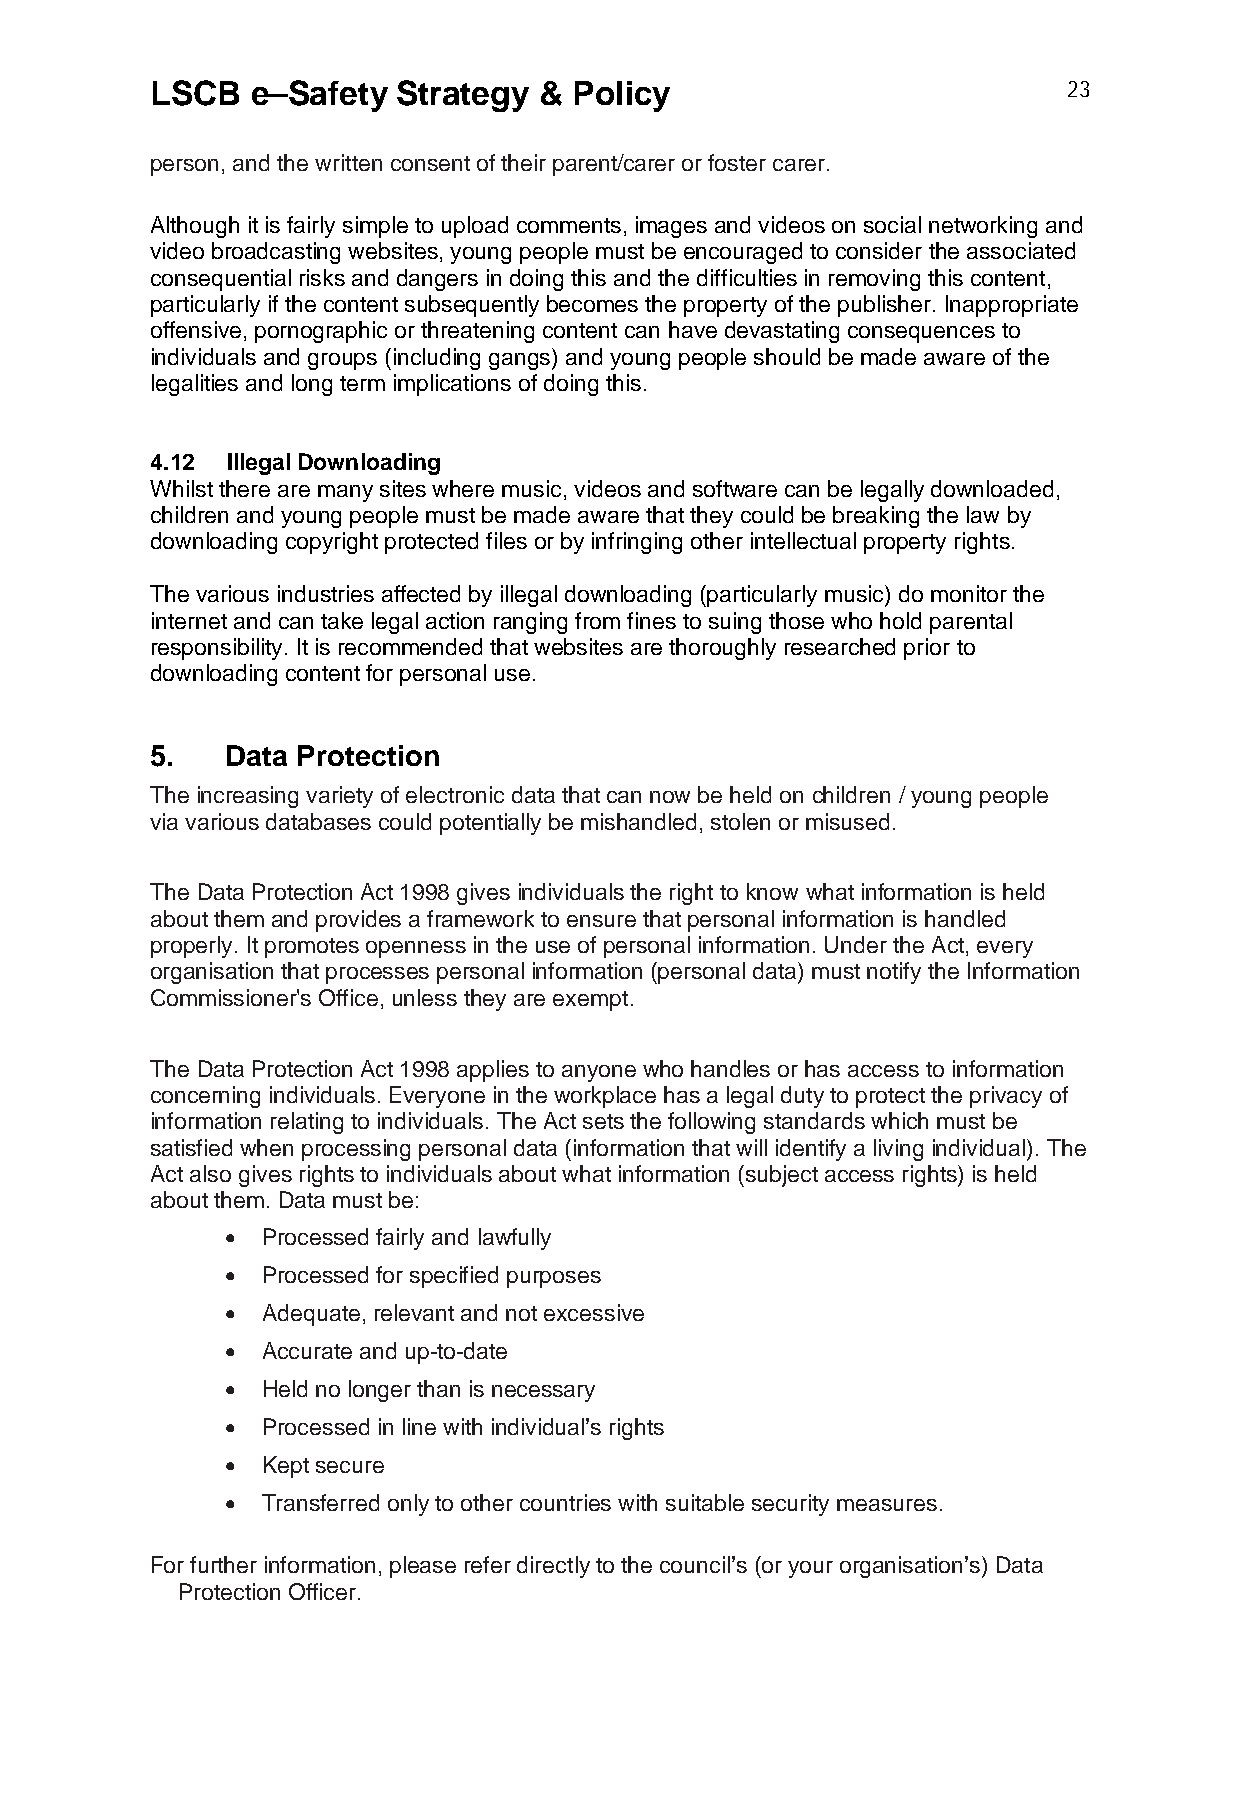
LSCB   e–Safety Strategy  & Policy                           23
 person, and the written consent of their parent/carer or foster carer.
 Although it is fairly simple to upload comments, images and videos on social networking and
 video broadcasting websites, young people must be encouraged to consider the associated
 consequential risks and dangers in doing this and the difficulties in removing this content,
 particularly if the content subsequently becomes the property of the publisher. Inappropriate
 offensive, pornographic or threatening content can have devastating consequences to
 individuals and groups (including gangs) and young people should be made aware of the
 legalities and long term implications of doing this.
 4.12 Illegal Downloading
 Whilst there are many sites where music, videos and software can be legally downloaded,
 children and young people must be made aware that they could be breaking the law by
 downloading copyright protected files or by infringing other intellectual property rights.
 The various industries affected by illegal downloading (particularly music) do monitor the
 internet and can take legal action ranging from fines to suing those who hold parental
 responsibility. It is recommended that websites are thoroughly researched prior to
 downloading content for personal use.
 5.   Data Protection
 The increasing variety of electronic data that can now be held on children / young people
 via various databases could potentially be mishandled, stolen or misused.
 The Data Protection Act 1998 gives individuals the right to know what information is held
 about them and provides a framework to ensure that personal information is handled
 properly. It promotes openness in the use of personal information. Under the Act, every
 organisation that processes personal information (personal data) must notify the Information
 Commissioner's Office, unless they are exempt.
 The Data Protection Act 1998 applies to anyone who handles or has access to information
 concerning individuals. Everyone in the workplace has a legal duty to protect the privacy of
 information relating to individuals. The Act sets the following standards which must be
 satisfied when processing personal data (information that will identify a living individual). The
 Act also gives rights to individuals about what information (subject access rights) is held
 about them. Data must be:
  Processed fairly and lawfully
  Processed for specified purposes
  Adequate, relevant and not excessive
  Accurate and up-to-date
  Held no longer than is necessary
  Processed in line with individual’s rights
  Kept secure
  Transferred only to other countries with suitable security measures.
 For further information, please refer directly to the council’s (or your organisation’s) Data
 Protection Officer.